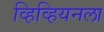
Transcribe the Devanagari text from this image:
व्हिव्हियनला